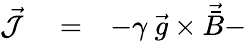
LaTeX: \begin{array}{rlr}{\vec{\cal J}}&{{}=}&{-\gamma\ \vec{g}\times\vec{\bar{B}}-}\end{array}